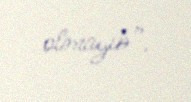
olmayıb”.